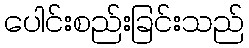
ပေါင်းစည်းခြင်းသည်